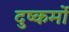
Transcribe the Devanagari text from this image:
दुष्कर्मो